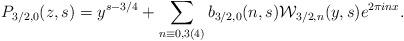
LaTeX: \begin{align*}P_{3/2,0}(z,s) = y^{s-3/4} + \sum_{n \equiv 0,3 (4)}b_{3/2,0}(n,s)\mathcal{W}_{3/2,n}(y,s)e^{2\pi inx}.\end{align*}